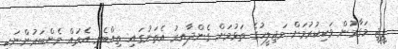
ޕީޖީ މަގާމުން ވަކިކުރުމަށް މަޖިލީހުގެ ތަޅުމަށް ގެންދާއިރު އެތަނުގައި ތިއްބެވި އެތައް މެންބަރުންނަކީ